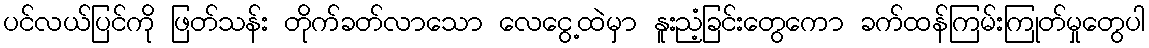
ပင်လယ်ပြင်ကို ဖြတ်သန်း တိုက်ခတ်လာသော လေငွေ့ထဲမှာ နူးညံ့ခြင်းတွေကော ခက်ထန်ကြမ်းကြုတ်မှုတွေပါ